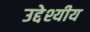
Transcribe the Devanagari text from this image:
उद्देश्यीय